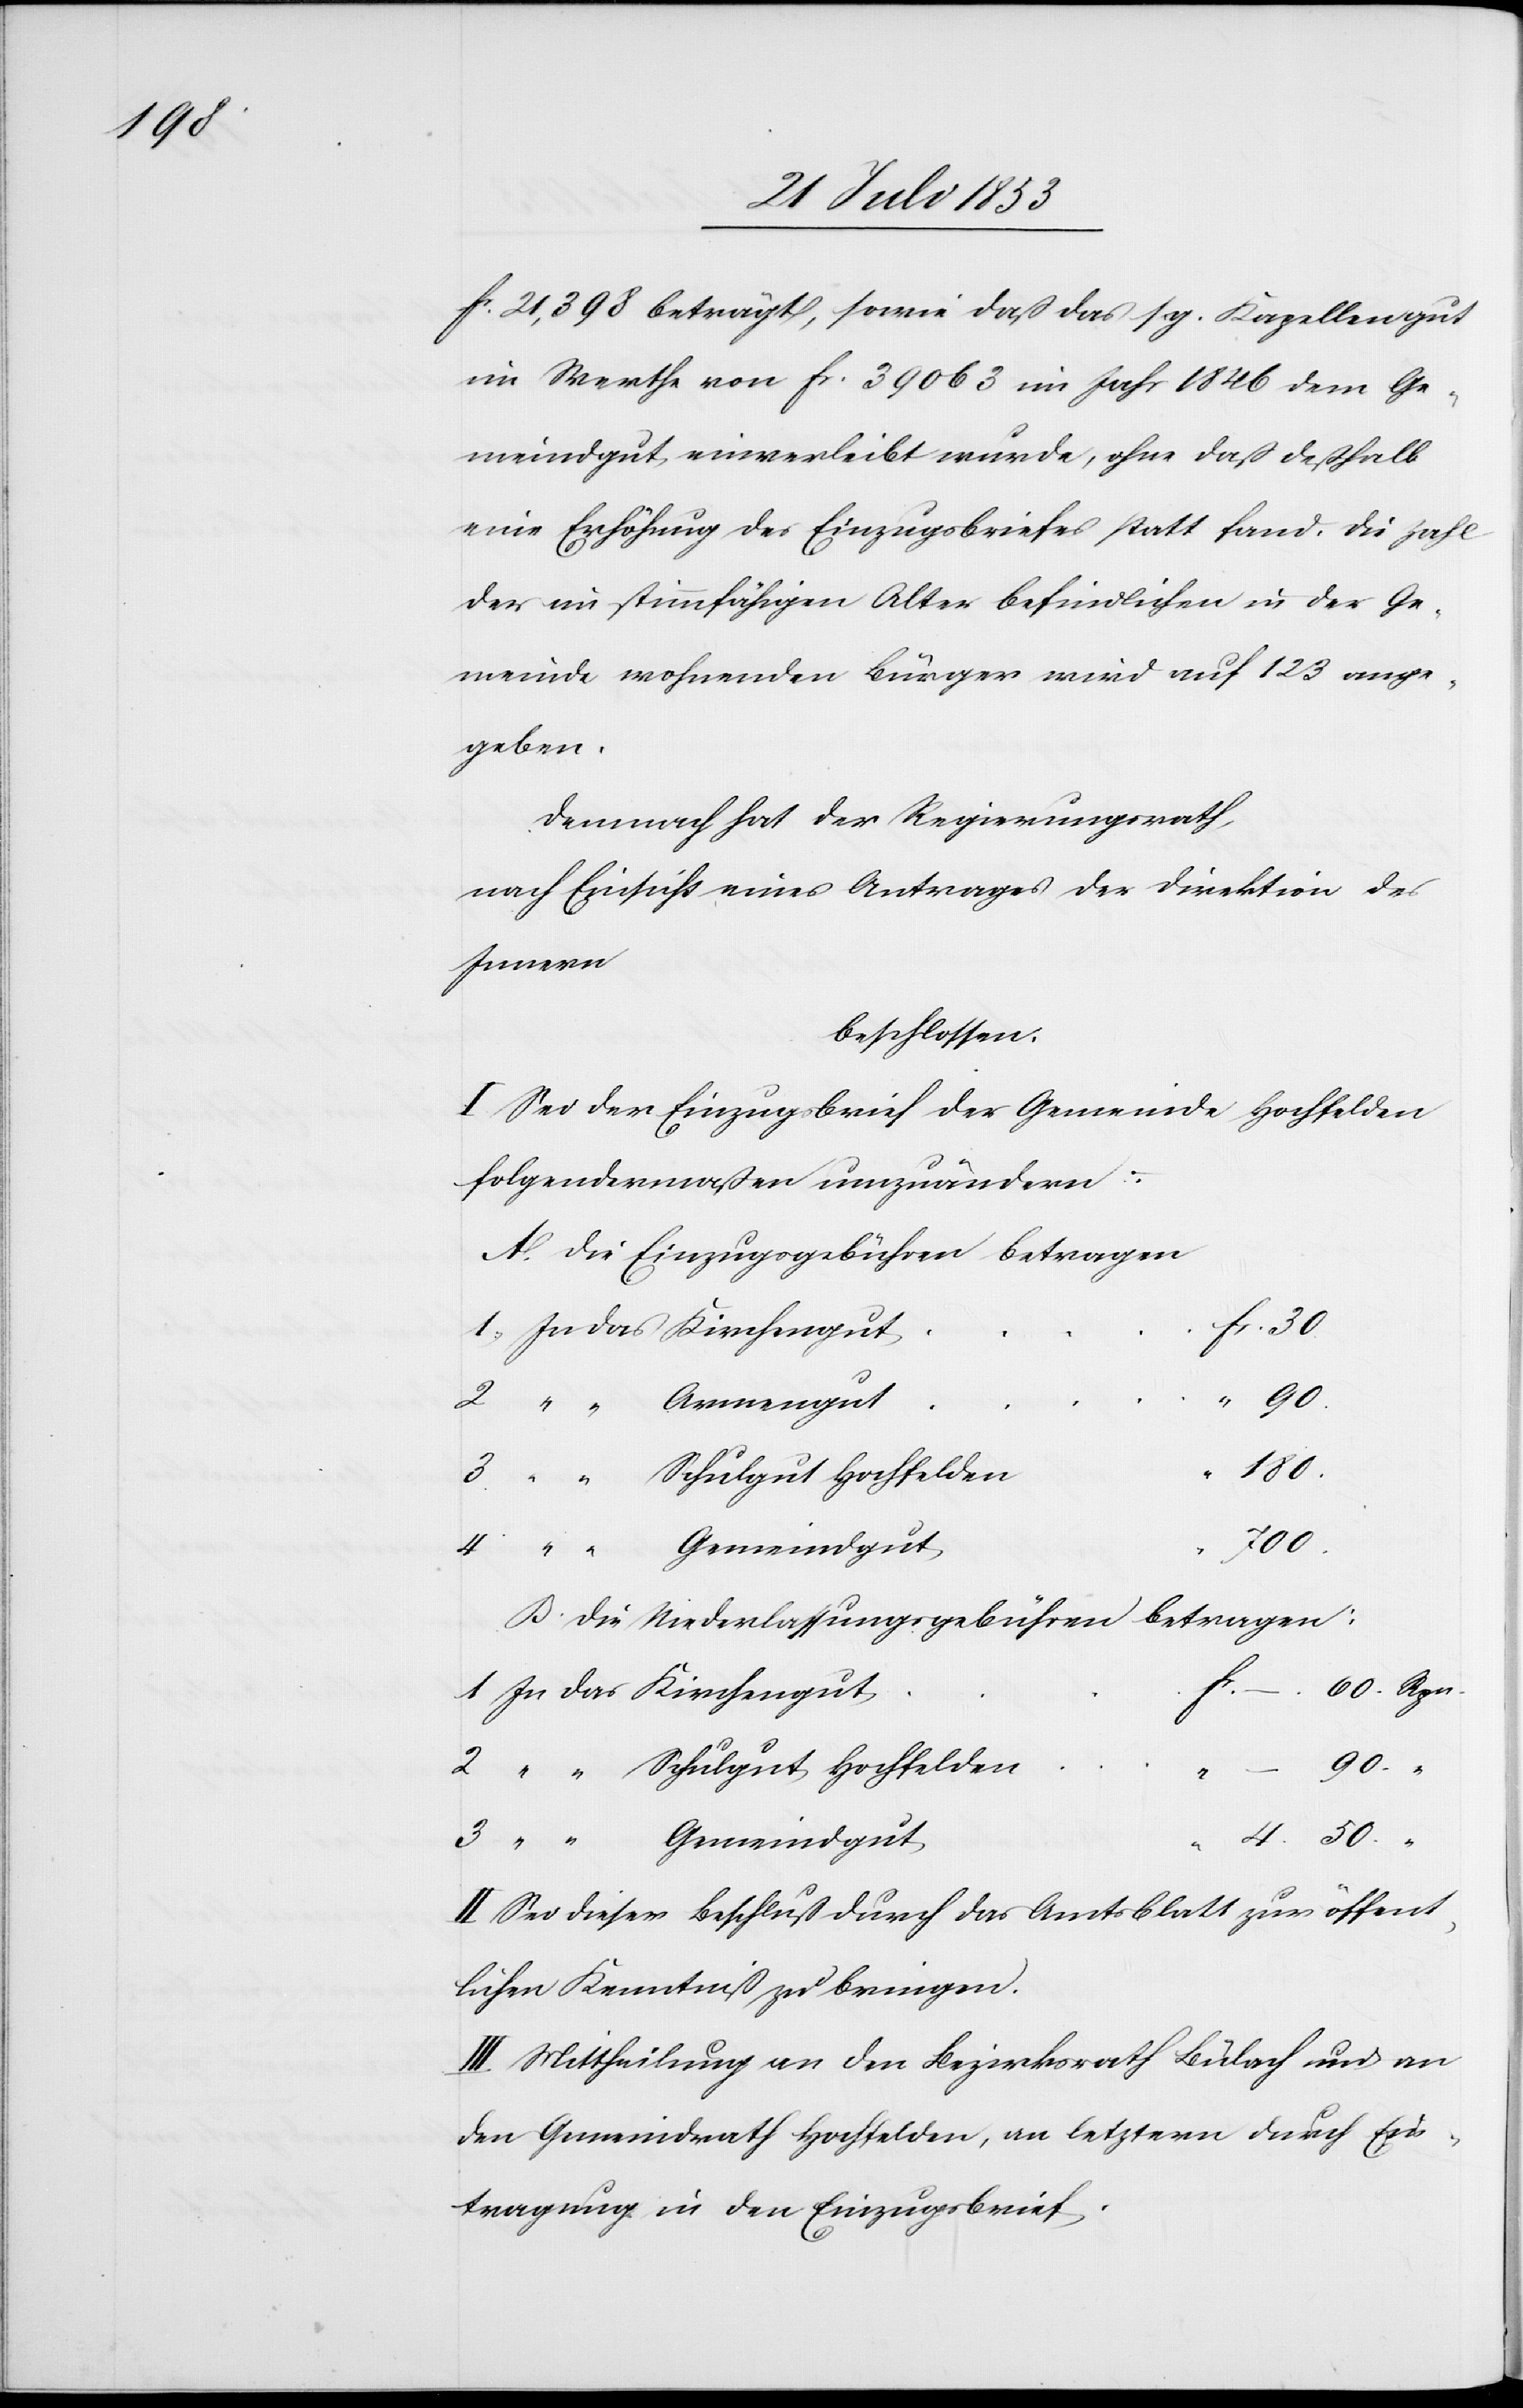
fr. 21 398 beträgt, sowie daß das sg. Kapellengut
im Werthe von fr. 39 063 im Jahr 1846 dem Ge¬
meindgut einverleibt wurde, ohne daß deßhalb
eine Erhöhung des Einzugsbriefes statt fand. Die Zahl
der im stimmfähigen Alter befindlichen in der Ge¬
meinde wohnenden Bürger wird auf 123 ange¬
geben.
Demnach hat der Regierungsrath,
nach Einsicht eines Antrages der Direktion des
Innern
beschlossen:
I. Sei der Einzugsbrief der Gemeinde Hochfelden
– .
folgendermaßen umzuändern:
A. Die Einzugsgebühren betragen
t			fr.
90.
30
B. Die Niederlassungsgebühren betragen:
3
60. Rpn.
1 In das Kirchengu¬
.
4 . 50. “
II. Sei dieser Beschluß durch das Amtsblatt zur öffent¬
lichen Kenntniß zu bringen.
III. Mittheilung an den Bezirksrath Bülach und an
den Gemeindrath Hochfelden, an letztern durch Ein¬
tragung in den Einzugsbrief.